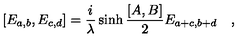
[ E _ { a , b } , E _ { c , d } ] = { \frac { i } { \lambda } } \sinh { { \frac { [ A , B ] } { 2 } } } E _ { a + c , b + d } \quad ,